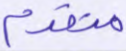
متقدم